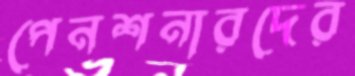
পেনশনারদের